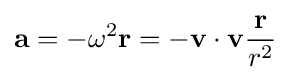
\mathbf {a} =-\omega ^{2}\mathbf {r} =-{\mathbf {v} \cdot \mathbf {v} }{{\mathbf {r} } \over r^{2}}